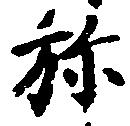
弥